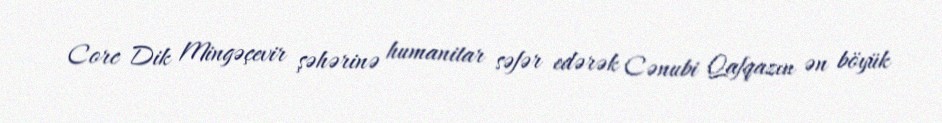
Corc Dik Mingəçevir şəhərinə humanitar səfər edərək Cənubi Qafqazın ən böyük